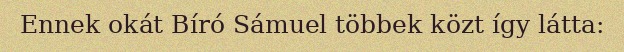
Ennek okát Bíró Sámuel többek közt így látta: